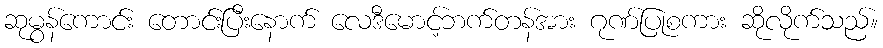
ဆုမွန်ကောင်း တောင်းပြီးနောက် လေဒီမောင့်ဘက်တန်အား ဂုဏ်ပြုစကား ဆိုလိုက်သည်။